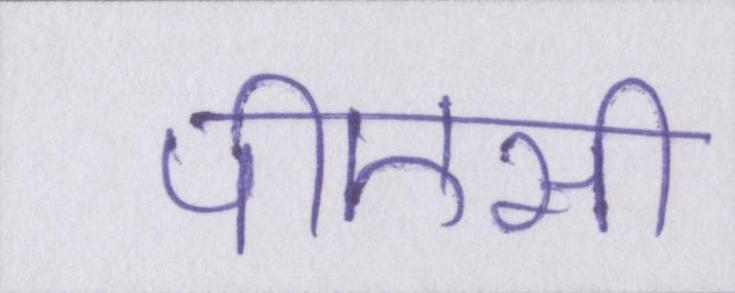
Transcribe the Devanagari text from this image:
पीएसी